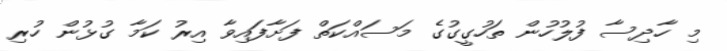
މި ހާދިސާ ފުލުހުން ތަހުގީގުގެ މަސައްކަތް ފަށާފައިވާ އިރު ކަމާ ގުޅުން ހުރި